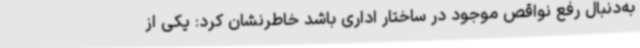
به‌دنبال رفع نواقص موجود در ساختار اداری باشد خاطرنشان کرد: یکی از